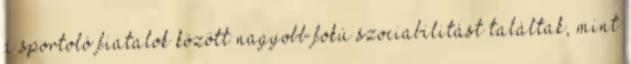
a sportoló fiatalok között nagyobb fokú szociabilitást találtak, mint